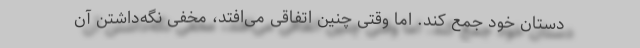
دستان خود جمع کند. اما وقتی چنین اتفاقی می‌افتد، مخفی نگه‌داشتن آن